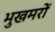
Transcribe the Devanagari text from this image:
भुखमरों